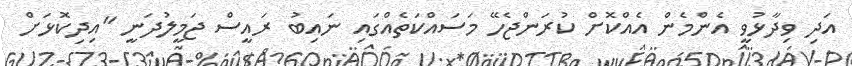
އަދި ވިދާޅުވީ އެންމެން އެއްކޮށް ކުރަންޖެހޭ މަސައްކަތެއްގައި ނައިބު ރައީސް ޖަމީލުދަނީ "އިދިކޮޅަށް